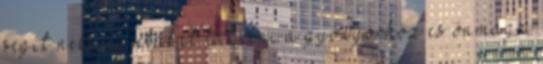
segít neki új utakat találni a gyönyörhöz és önmaga